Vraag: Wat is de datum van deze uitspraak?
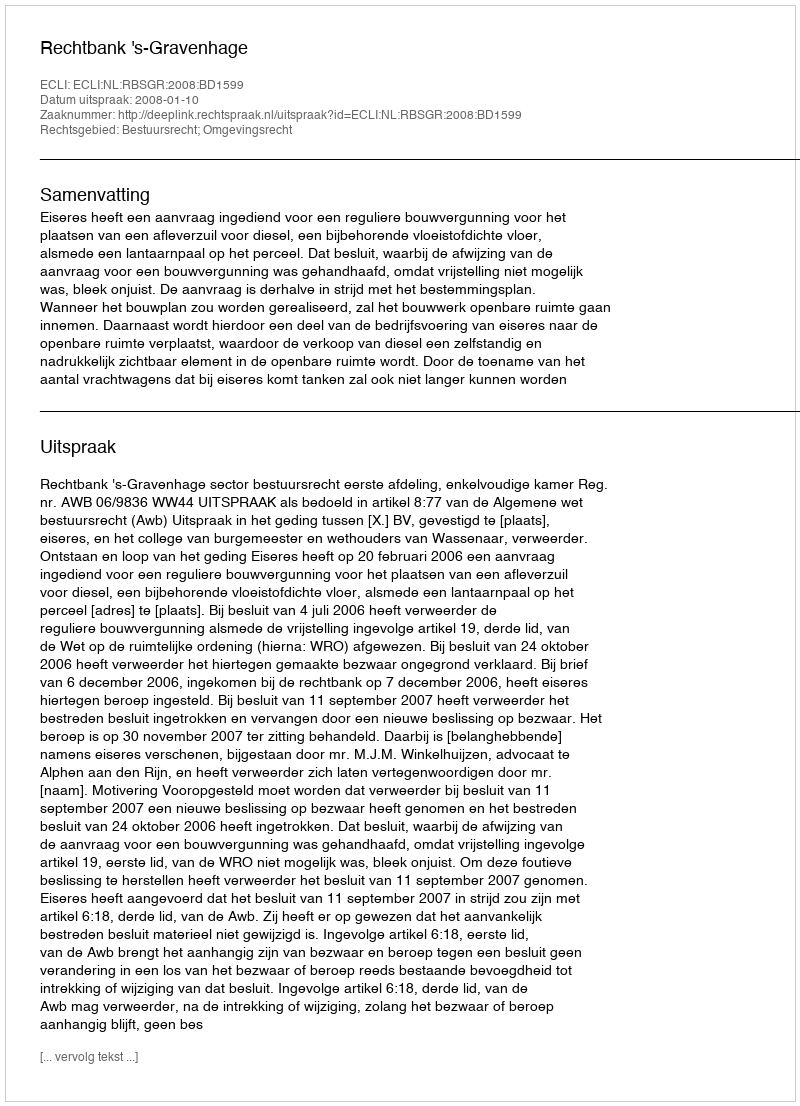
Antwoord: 2008-01-10